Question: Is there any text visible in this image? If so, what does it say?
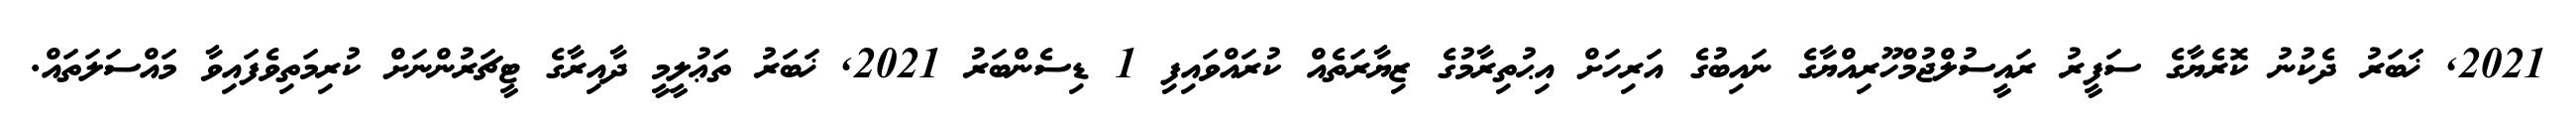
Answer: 2021, ޚަބަރު ދެކުނު ކޮރެޔާގެ ސަފީރު ރައީސުލްޖުމްހޫރިއްޔާގެ ނައިބުގެ އަރިހަށް އިޙުތިރާމުގެ ޒިޔާރަތެއް ކުރައްވައިފި 1 ޑިސެންބަރު 2021, ޚަބަރު ތަޢުލީމީ ދާއިރާގެ ޓީޗަރުންނަށް ކުރިމަތިވެފައިވާ މައްސަލަތައް.